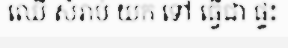
ឈើ សំរាប់ យក ទៅ ធ្វើជា ផ្ទះ